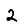
Digit: 2